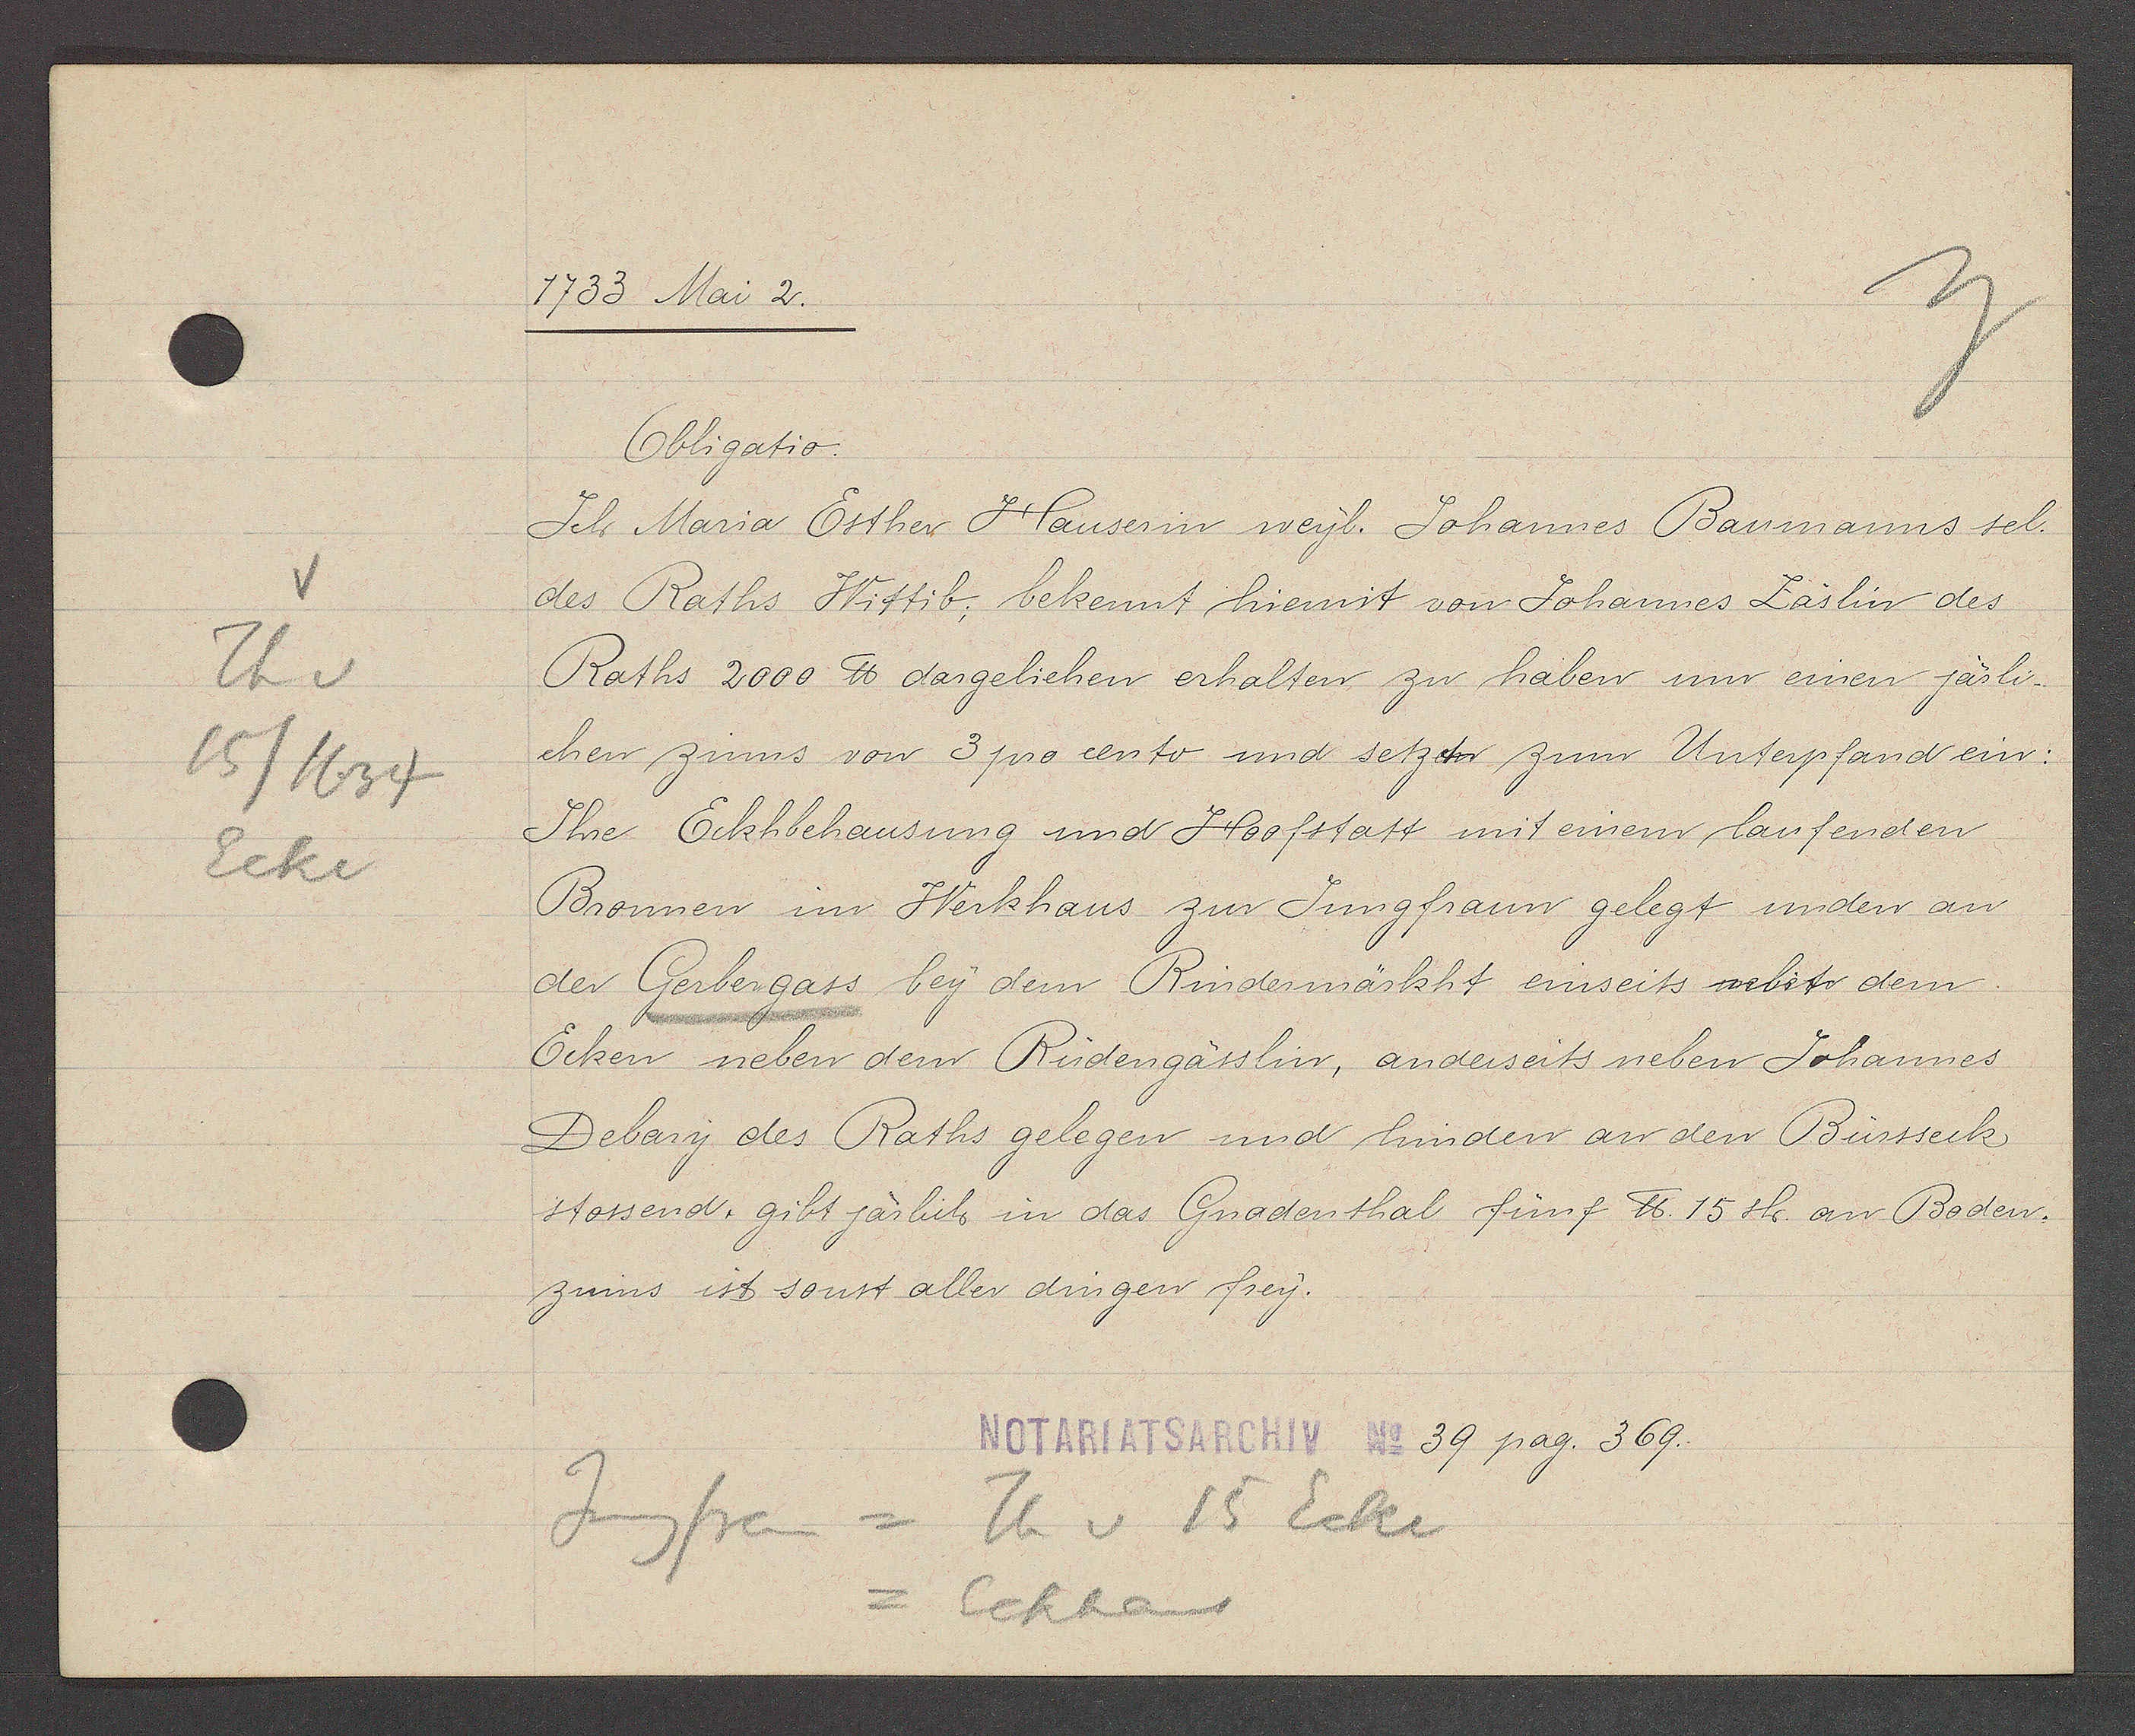
Transcript:
Th v
15/1634
Ecke

1733 Mai 2.

Obligatio.
Ich Maria Esther Hauserin weyl. Johannes Baumanns sel.
des Raths Wittib; bekennt hiermit von Johannes Läslin des
Raths 2000 ℔ dargeliehen erhalten zu haben um einen järli¬
chen zinns von 3 pro cento und setzt zum Unterpfand ein:
Ihre Eckhbehausung und Hoofstatt mit einem laufenden
Bronnen im Werkhaus zur Jungfraun gelegt unden an
der Gerbergass bey dem Rindermärkht einseits nebt dem
Ecken neben dem Rüdengässlin, anderseits neben Johannes
Debary des Raths gelegen und hinden an den Bürsseck
stossend. gibt järlich in das Gnadenthal fünf ℔. 15 sh. an Boden¬
zinns ist sonst aller dingen frey.

Jungfrau = Th v 15 Ecke
= Eckhaus

Notariatsarchiv No 39 pag. 369.